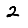
Digit: 2